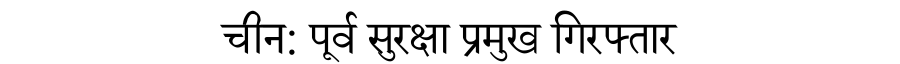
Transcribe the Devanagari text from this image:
चीन: पूर्व सुरक्षा प्रमुख गिरफ्तार